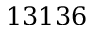
1 3 1 3 6